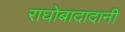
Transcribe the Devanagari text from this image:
राघोबादादानी